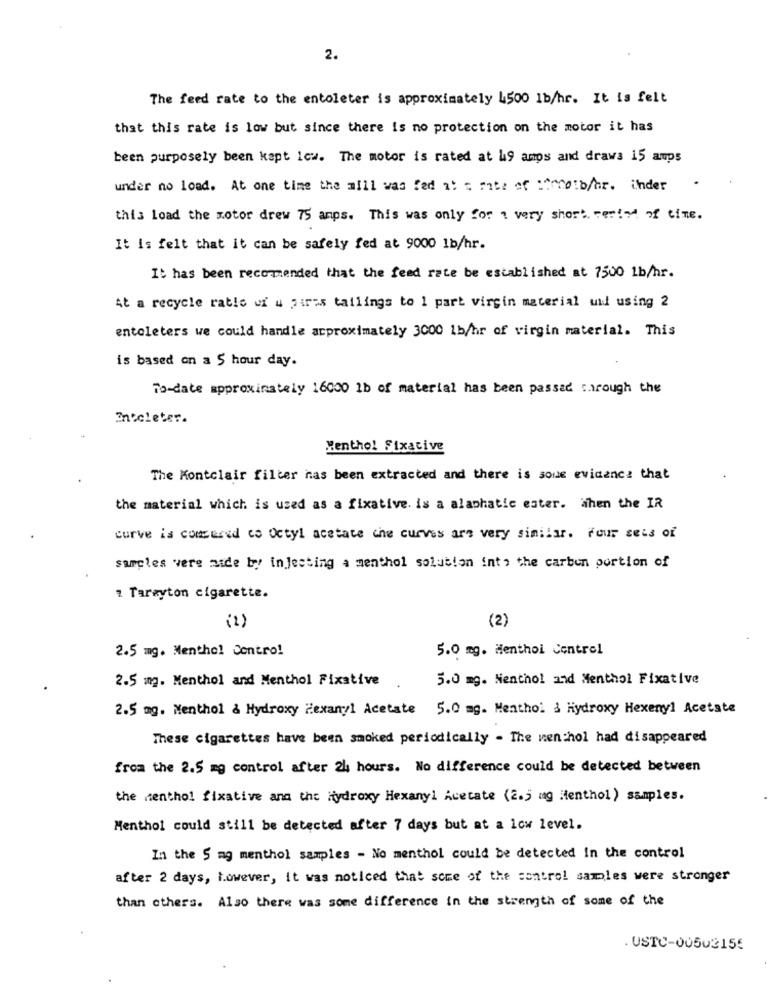
2.
The feed rate to the entoleter is approximately 4500 1b/hr. It is felt
that this rate is low but since there is no protection on the motor it has
been purposely been kapt low. The motor is rated at &9 anos and draws 15 amps
under no load. At one time the mill was fed at a rate of circolb/hr. inder
this load the notor drew 75 amps. This was only for a very short period of time.
It is felt that it can be safely fed at 9000 1b/hr.
It has been recommended that the feed rate be established at 7500 1b/hr.
At a recycle rable uf u pires tailings to 1 part virgin material und using 2
entoleters we could handle approximately 3000 1b/hr of virgin material. This
is based on a 5 hour day.
To-date approximately 16000 1b of material has been passed through the
Enecleter.
Menthol Fixative
The Montclair filter nas been extracted and there is soue evidence that
the material which is used as a fixative. is a alaphatic ester. When the IR
curve is comsured co Octyl acetate che curves are very similar. Four sets of
samples were made by injecting a menthol solution into the carbon portion of
1 Tareyton cigarette.
(2)
(2 )
2.5 mg. Menthol Contro!
5.0 mg. Menthol Centrel
2.5 mg. Menthol and Menthol Fixative
5.0 mg. Nenthol and Menthol Fixative
2.5 mg. Menthol & Hydroxy Hexamyl Acetate 5.0 mg. Menthol & Hydroxy Hexenyl Acetate
These cigarettes have been smoked periodically - The menthol had disappeared
from the 2.5 mg control after 24 hours. No difference could be detected between
the menthol fixative and the Hydroxy Hexanyl Acetate (2.5 mg Menthol) samples.
Menthol could still be detected after 7 days but at a low level.
In the 5 mg menthol samples - No menthol could be detected In the control
after 2 days, however, it was noticed that some of the control samles were stronger
than others. Also there was some difference in the strength of some of the
. USTC-00502155